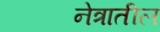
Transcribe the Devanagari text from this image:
नेत्रातील